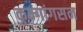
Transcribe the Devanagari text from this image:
कुम्गांगसन